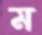
ম